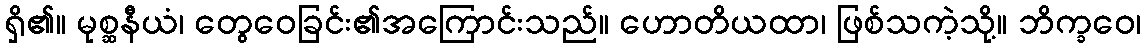
ရှိ၏။ မုစ္ဆနီယံ၊ တွေဝေခြင်း၏အကြောင်းသည်။ ဟောတိယထာ၊ ဖြစ်သကဲ့သို့။ ဘိက္ခဝေ၊